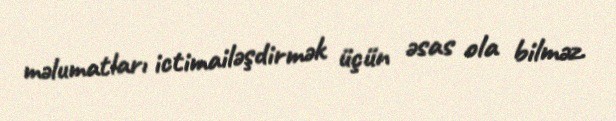
məlumatları ictimailəşdirmək üçün əsas ola bilməz.